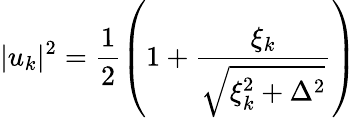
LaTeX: |u_{k}|^{2}=\frac{1}{2}\left(1+\frac{\xi_{k}}{\sqrt{\xi_{k}^{2}+\Delta^{2}}}\right)